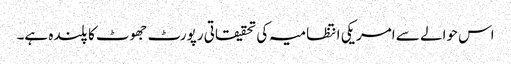
اس حوالے سے امریکی انتظامیہ کی تحقیقاتی رپورٹ جھوٹ کا پلندہ ہے۔